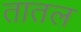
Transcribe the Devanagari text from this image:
तातल